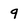
Character: 9